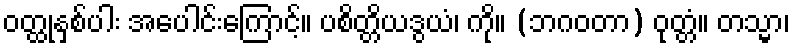
ဝတ္ထုနှစ်ပါး အပေါင်းကြောင့်။ ပစိတ္တိယဒွယံ၊ ကို။ (ဘဂဝတာ) ဝုတ္တံ။ တသ္မာ၊